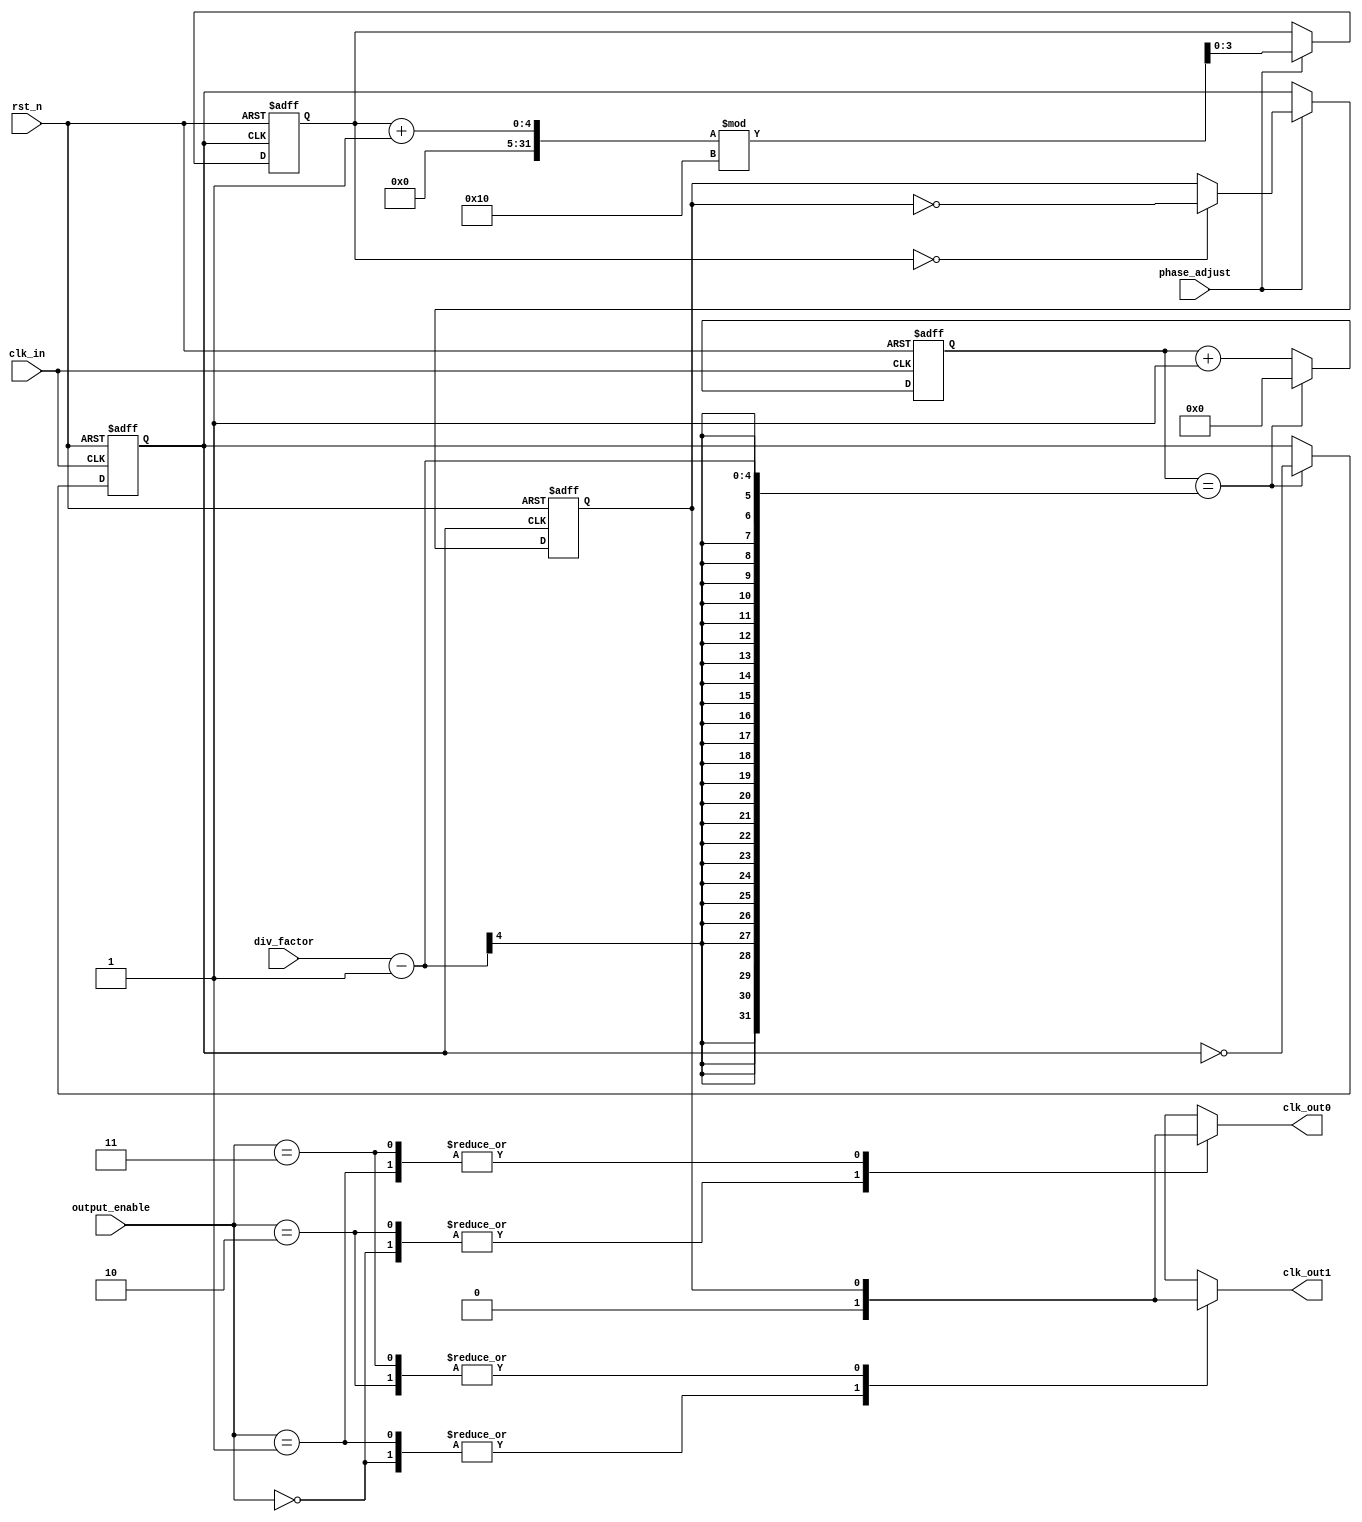
module programmable_clock_buffer (
    input wire clk_in,               // Input clock signal
    input wire rst_n,                // Active-low reset
    input wire [3:0] div_factor,     // Division factor (1 to 15)
    input wire phase_adjust,          // Phase adjustment control
    input wire [1:0] output_enable,   // Output enable for 2 clock outputs
    output reg clk_out0,             // First clock output
    output reg clk_out1              // Second clock output
);

    // Internal signals
    reg [3:0] clk_div_counter;        // Counter for clock division
    reg clk_div;                      // Divided clock signal
    reg [3:0] phase_delay_counter;    // Counter for phase adjustment
    reg clk_phase;                    // Phase adjusted clock signal

    // Clock Division Logic
    always @(posedge clk_in or negedge rst_n) begin
        if (!rst_n) begin
            clk_div_counter <= 0;
            clk_div <= 0;
        end else begin
            if (clk_div_counter == (div_factor - 1)) begin
                clk_div <= ~clk_div;  // Toggle the divided clock
                clk_div_counter <= 0;  // Reset counter
            end else begin
                clk_div_counter <= clk_div_counter + 1;
            end
        end
    end

    // Phase Adjustment Logic
    always @(posedge clk_div or negedge rst_n) begin
        if (!rst_n) begin
            phase_delay_counter <= 0;
            clk_phase <= 0;
        end else begin
            if (phase_adjust) begin
                phase_delay_counter <= (phase_delay_counter + 1) % 16; // Example: 16 delay states
                if (phase_delay_counter == 0) begin
                    clk_phase <= ~clk_phase;  // Toggle phase adjusted clock
                end
            end else begin
                clk_phase <= clk_div; // Bypass phase adjustment
            end
        end
    end

    // Output Driver Logic
    always @(*) begin
        case (output_enable)
            2'b00: begin
                clk_out0 = 0; // Disable output 0
                clk_out1 = 0; // Disable output 1
            end
            2'b01: begin
                clk_out0 = clk_phase; // Enable output 0
                clk_out1 = 0;         // Disable output 1
            end
            2'b10: begin
                clk_out0 = 0;         // Disable output 0
                clk_out1 = clk_phase; // Enable output 1
            end
            2'b11: begin
                clk_out0 = clk_phase; // Enable both outputs
                clk_out1 = clk_phase;
            end
            default: begin
                clk_out0 = 0;
                clk_out1 = 0;
            end
        endcase
    end

endmodule